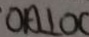
O A \bot O C